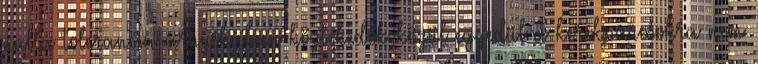
nulla tolerancia árnyékában közlekedők közül egyedül a kerékpárosokra nem